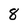
Character: 8